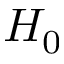
H _ { 0 }